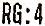
RG:4